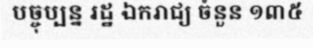
បច្ចុប្បន្ន រដ្ឋ ឯករាជ្យ ចំនួន ១៣៥